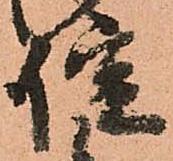
諚